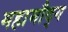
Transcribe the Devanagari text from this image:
महामौद्ग